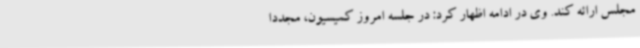
مجلس ارائه کند. وی در ادامه اظهار کرد: در جلسه امروز کمیسیون، مجددا